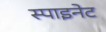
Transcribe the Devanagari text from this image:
स्पाइनेट